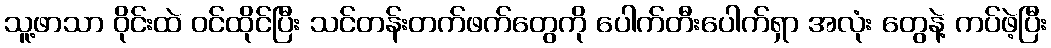
သူ့ဖာသာ ဝိုင်းထဲ ဝင်ထိုင်ပြီး သင်တန်းတက်ဖက်တွေကို ပေါက်တီးပေါက်ရှာ အလုံး တွေနဲ့ ကပ်ဖဲ့ပြီး